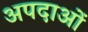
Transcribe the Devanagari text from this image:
अपदाओं